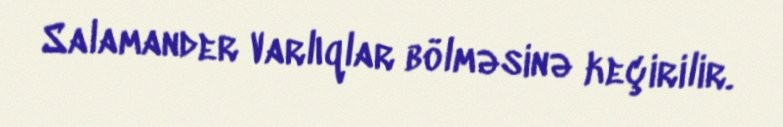
Salamander Varlıqlar bölməsinə keçirilir.